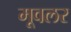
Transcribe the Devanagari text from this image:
मूवलर